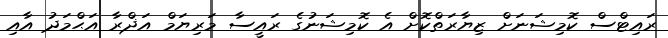
ރައިޓްސް ކޮމިޝަނަށް ޒިޔާރަތްކޮށް އެ ކޮމިޝަނުގެ ރައީސާ މަރިޔަމް އަޛްރާ އަޙްމަދު އާއި